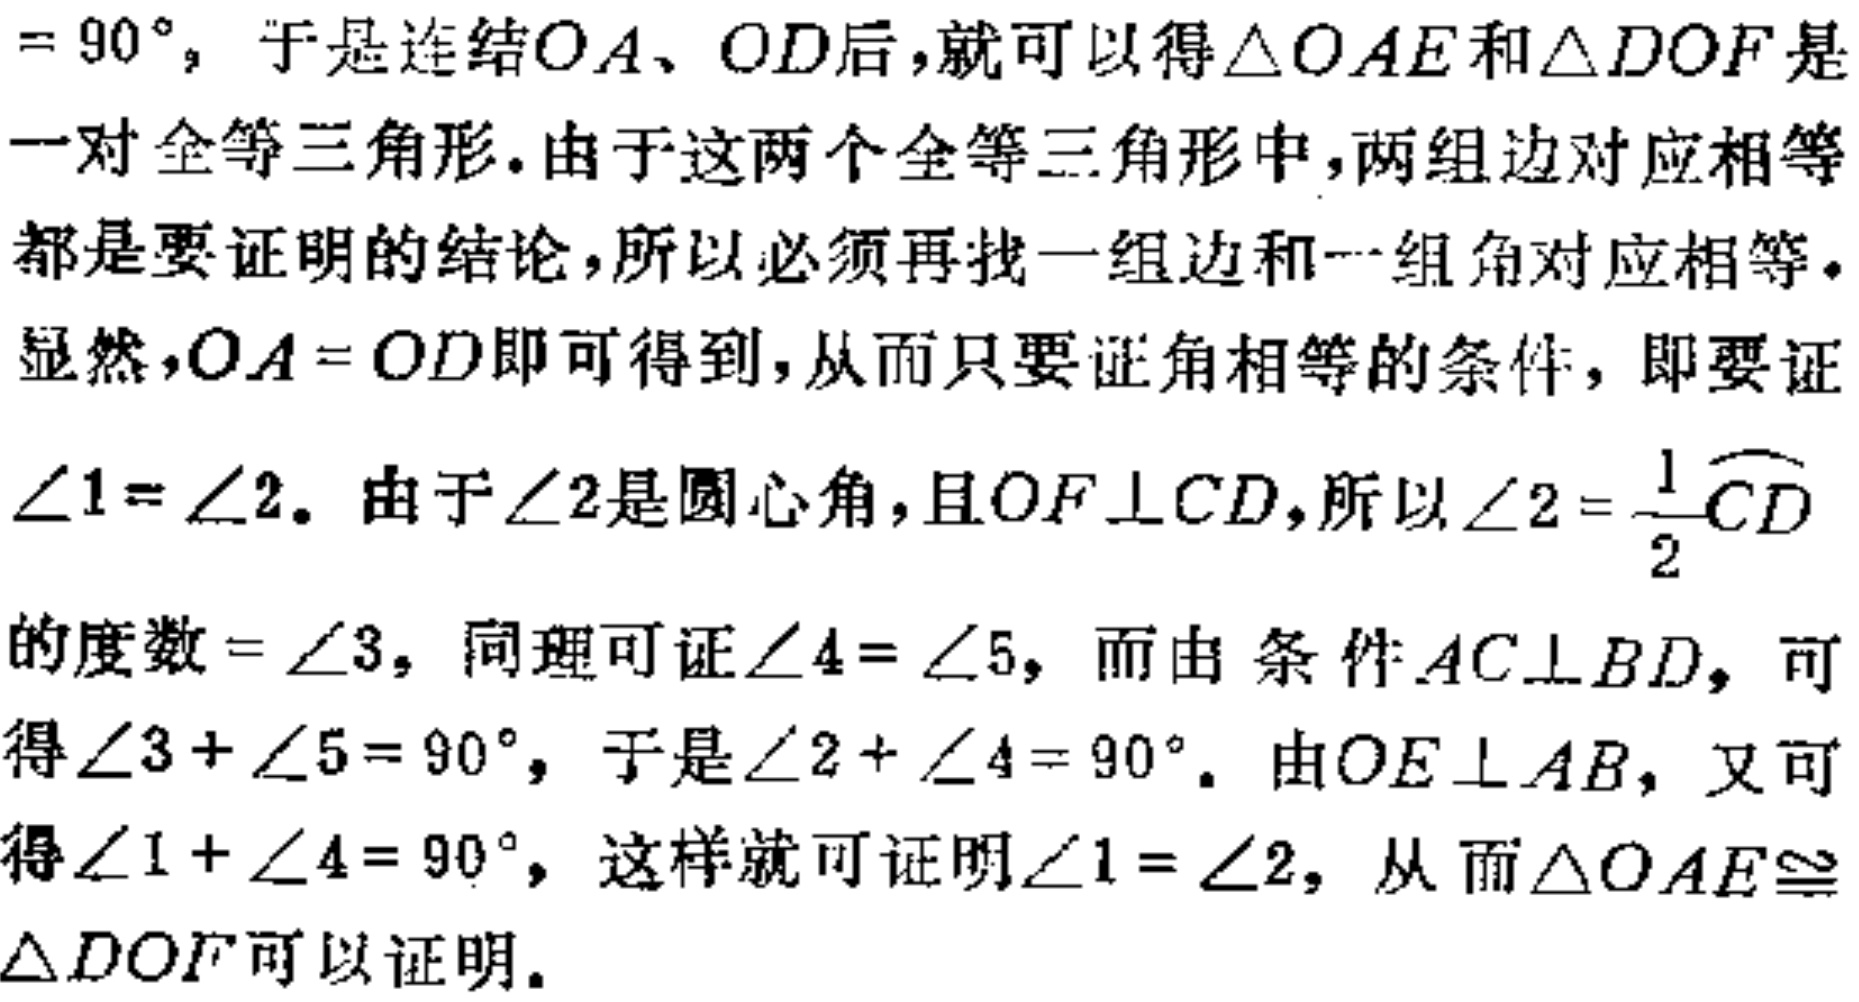
$=90^{\circ}$，于是连结$OA、OD$后，就可以得$\triangle OAE$和$\triangle DOF$是一对全等三角形.由于这两个全等三角形中，两组边对应相等都是要证明的结论，所以必须再找一组边和一组角对应相等.显然，$OA = OD$即可得到，从而只要证角相等的条件，即要证$\angle 1=\angle 2$. 由于$\angle 2$是圆心角，且$OF\perp CD$，所以$\angle 2 = \frac{1}{2}\overset{\frown}{CD}$的度数$=\angle 3$，同理可证$\angle 4=\angle 5$，而由条件$AC\perp BD$，可得$\angle 3+\angle 5 = 90^{\circ}$，于是$\angle 2+\angle 4 = 90^{\circ}$. 由$OE\perp AB$，又可得$\angle 1+\angle 4 = 90^{\circ}$，这样就可证明$\angle 1=\angle 2$，从而$\triangle OAE\cong\triangle DOF$可以证明.